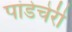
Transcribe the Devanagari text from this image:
पांडेचेरी